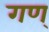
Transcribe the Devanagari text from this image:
गण्